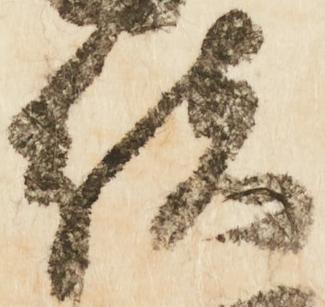
緒